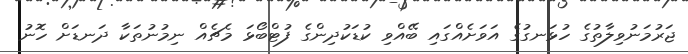
ޖަރުމަނުވިލާތުގެ ހުޅަނގުގެ އަވަށެއްގައި ބޭއްވި ކުޑަކުދިންގެ ފުޓްބޯޅަ މެޗެއް ނިމުނުތަކާ ދަނޑަށް ހޮނު